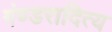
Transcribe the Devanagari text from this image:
गंण्डरादित्य